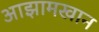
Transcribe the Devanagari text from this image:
आझामखान